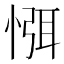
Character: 㥝